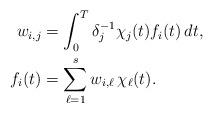
LaTeX: \begin{align*} w_{i,j} &= \int^{T}_{0} \delta^{-1}_j \chi_j(t) f_{i}(t) \, dt,\\ f_i(t) &= \sum_{\ell = 1}^s w_{i,\ell} \, \chi_\ell(t).\end{align*}